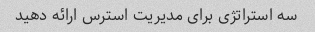
سه استراتژی برای مدیریت استرس ارائه دهید